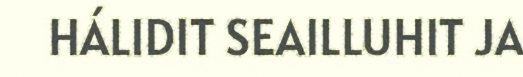
HÁLIDIT SEAILLUHIT JA